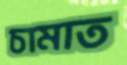
চামাত